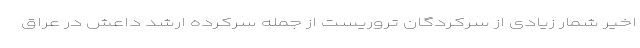
اخیر شمار زیادی از سرکردگان تروریست از جمله سرکرده ارشد داعش در عراق